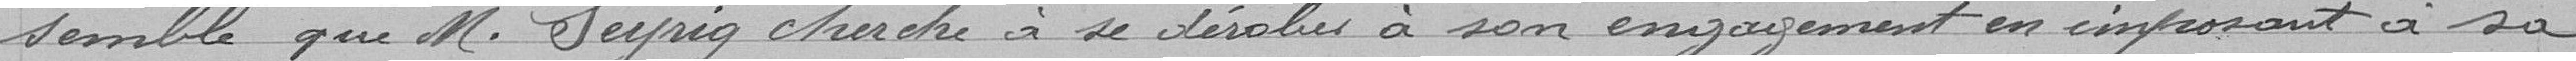
semble que M. Seyrig cherche à se dérober à son engagement en imposant à sa